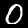
Label: 0